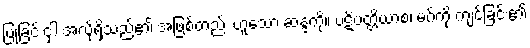
ပြုခြင်းငှါ အလိုရှိသည်၏ အဖြစ်တည်း ဟူသော ဆန္ဒကို။ ပဋိပတ္တိယာစ၊ မဂ်ကို ကျင့်ခြင်း၏